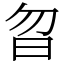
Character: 曶